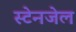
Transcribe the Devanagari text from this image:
स्टेनजेल